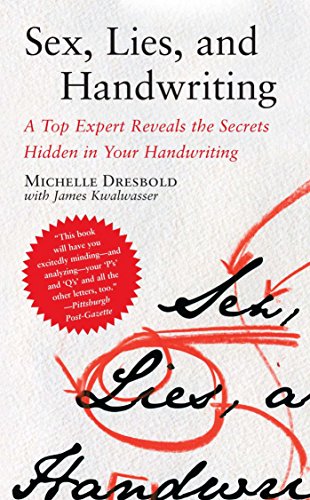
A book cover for Sex, Lies, and Handwriting: A Top Expert Reveals the Secrets Hidden in Your Handwriting; Michelle Dresbold; Self-Help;